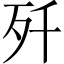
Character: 歼